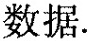
数据.